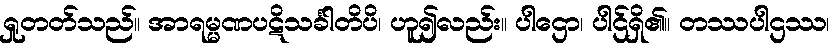
ရှုတတ်သည်။ အာရမ္မဏပဋိသင်္ခါတိပိ၊ ဟူ၍လည်း။ ပါဌော၊ ပါဌ်ရှိ၏။ တဿပါဌဿ၊